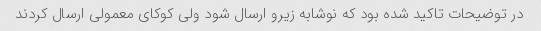
در توضیحات تاکید شده بود که نوشابه زیرو ارسال شود ولی کوکای معمولی ارسال کردند